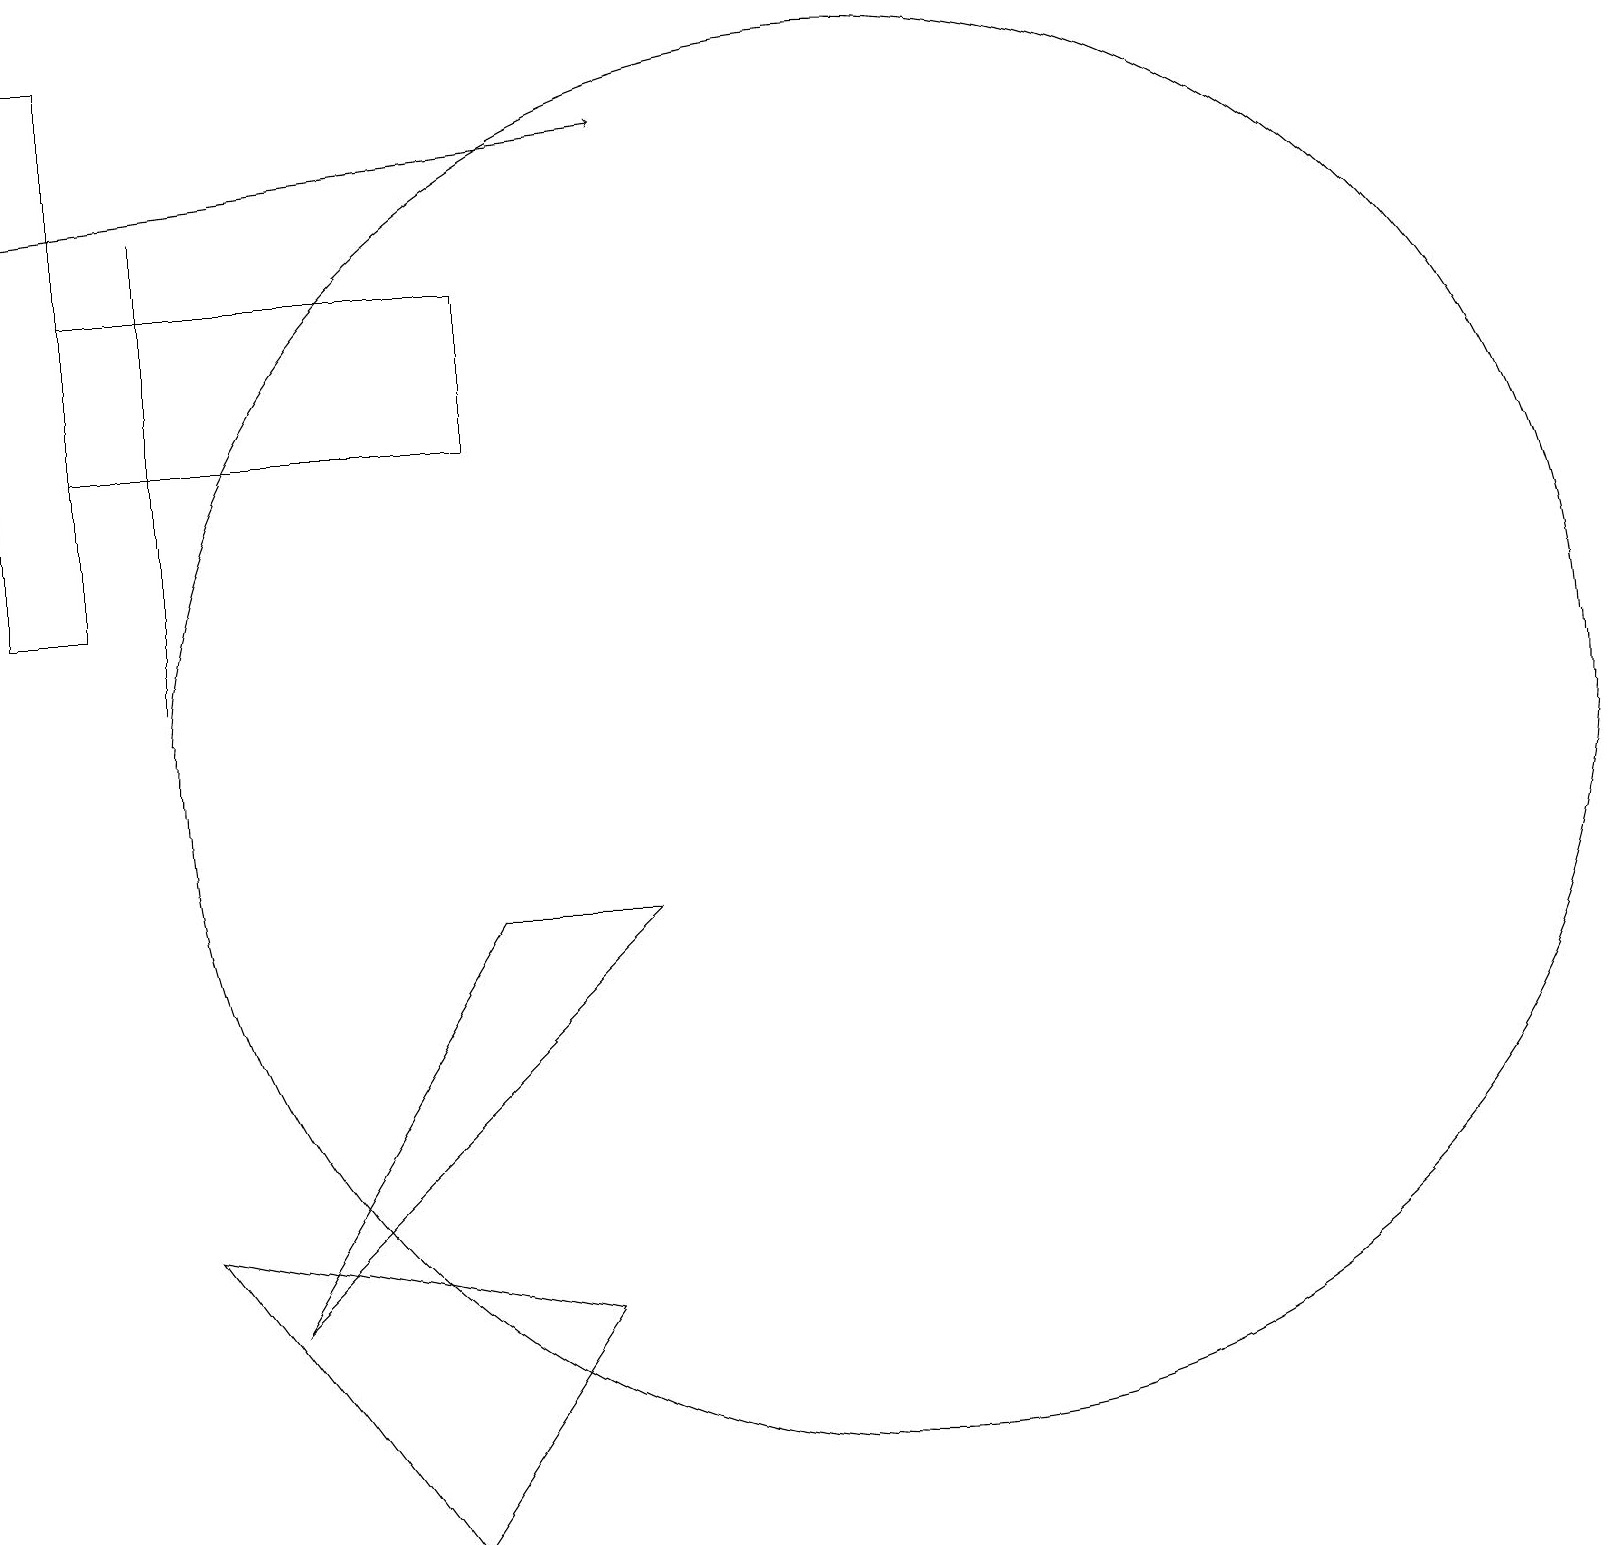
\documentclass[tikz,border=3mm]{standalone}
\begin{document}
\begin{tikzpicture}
\draw (2,17) rectangle (2,11);
\draw (0,19) rectangle (1,12);
\draw (11,10) circle (9);
\draw (6,14) rectangle (1,16);
\draw (6,8) -- (3,3) -- (8,8) -- cycle;
\draw[->] (0,17) -- (8,18);
\draw (2,4) -- (7,3) -- (5,0) -- cycle;
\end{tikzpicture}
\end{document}